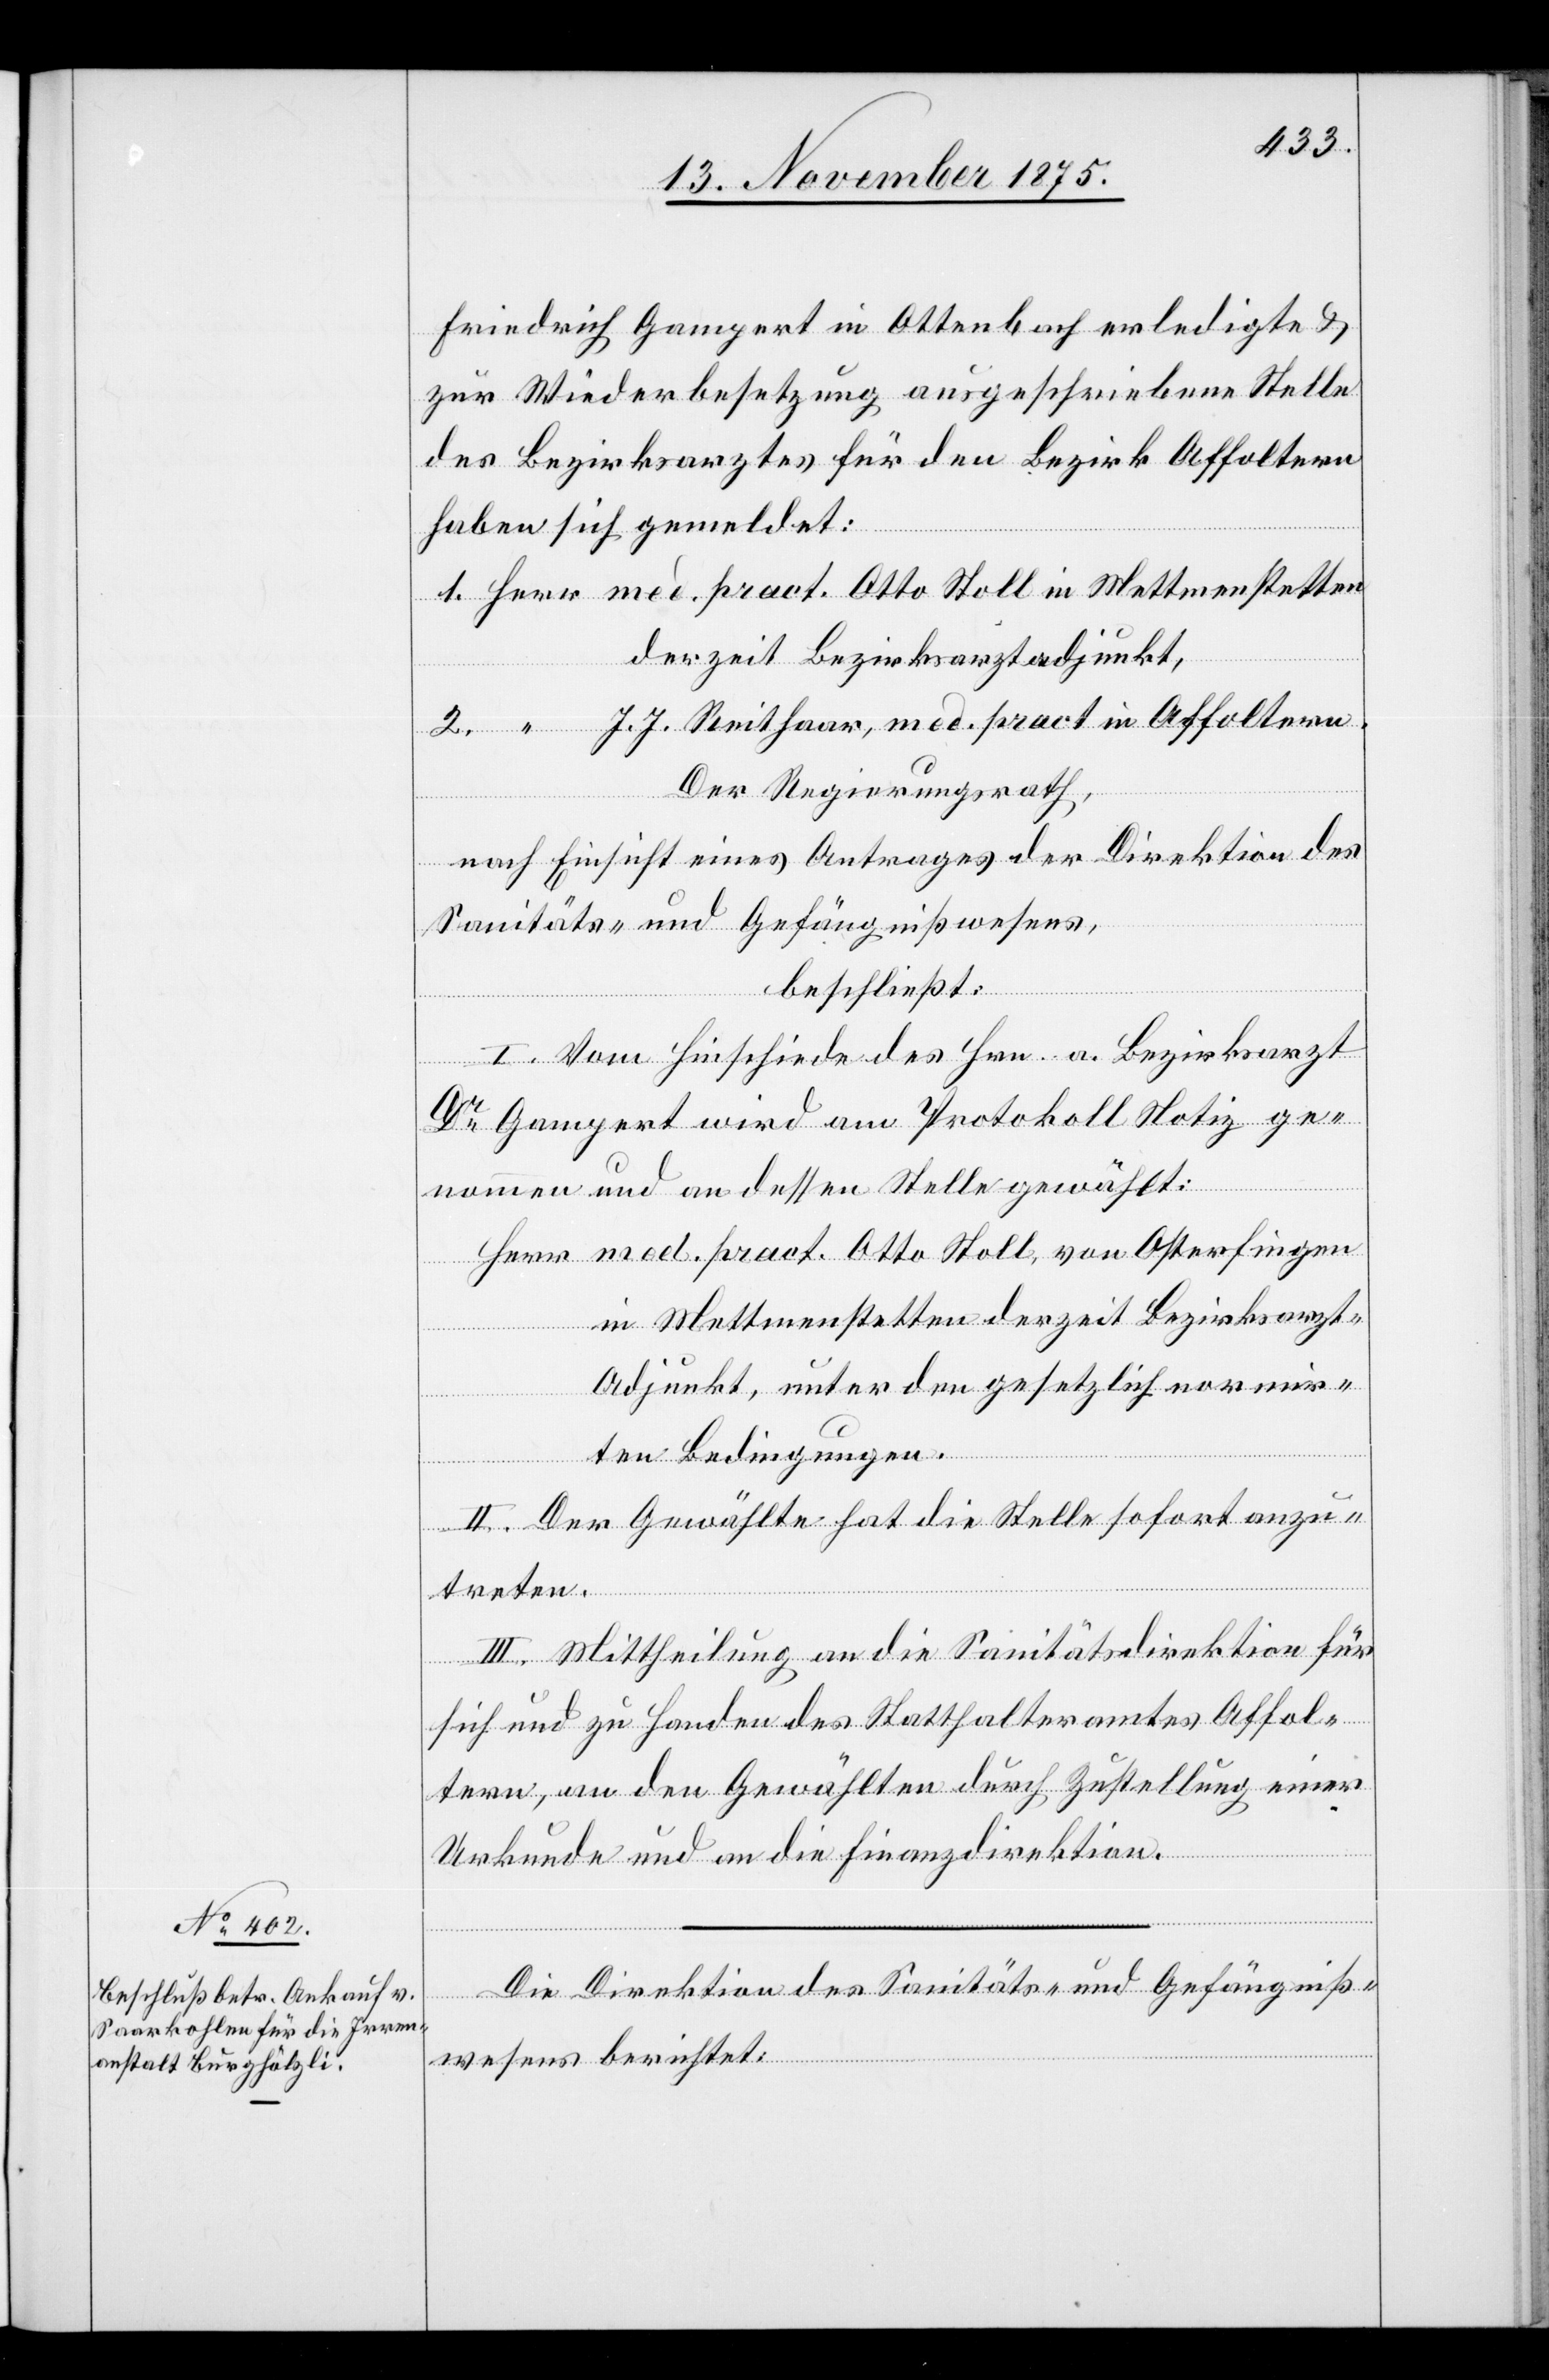
Friedrich Gampert in Ottenbach erledigte &
zur Wiederbesetzung ausgeschrieben Stelle
des Bezirksarztes für den Bezirk Affoltern
haben sich gemeldet:
J. J. Reithaar, med. pract. in Affoltern.
Der Regierungsrath,
nach Einsicht eines Antrages der Direktion des
Sanitäts- und Gefängnißwesens,
beschließt:
I. Vom Hinschiede des Hrn. a. Bezirksarzt
Dr Gampert wird am Protokoll Notiz ge¬
nommen und an dessen Stelle gewählt.
Herr med. pract. Otto Stoll, von Osterfingen
in Mettmenstetten derzeit Bezirksarzt-A¬
2.
djunkt, unter den gesetzlich normir¬
ten Bedingungen.
II. Der Gewählte hat die Stelle sofort anzu¬
treten.
III. Mittheilung an die Sanitätsdirektion für
sich und zu Handen des Statthalteramtes Affol¬
tern, an den Gewählten durch Zustellung einer
Urkunde und an die Finanzdirektion.
Die Direktion des Sanitäts- und Gefängniß¬
wesens berichtet: